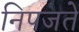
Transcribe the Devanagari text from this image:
निपजते